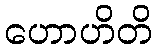
ဟောဟိတိ